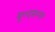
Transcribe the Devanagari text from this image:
यू०एस०ए०